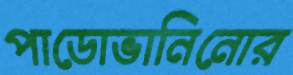
পাডোভানিনোর